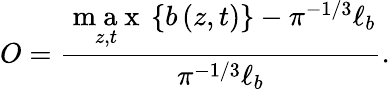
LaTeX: O=\frac{\underset{z,t}{\mathrm{~m~a~x~}}\left\{ b\left(z,t\right)\right\} -\pi^{-1/3}\ell_{b}}{\pi^{-1/3}\ell_{b}}.